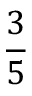
\frac { 3 } { 5 }